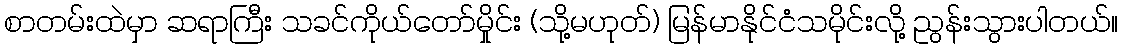
စာတမ်းထဲမှာ ဆရာကြီး သခင်ကိုယ်တော်မှိုင်း (သို့မဟုတ်) မြန်မာနိုင်ငံသမိုင်းလို့ ညွန်းသွားပါတယ်။